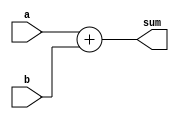
module binary_adder (
    input [3:0] a,
    input [3:0] b,
    output [4:0] sum
);

    assign sum = a + b;

endmodule